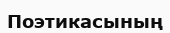
Поэтикасының